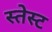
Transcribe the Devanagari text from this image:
स्तेस्ट